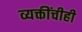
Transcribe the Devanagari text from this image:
व्यक्तींचीही